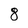
Character: 8